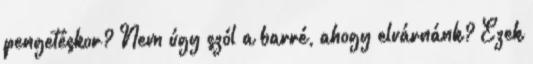
pengetéskor? Nem úgy szól a barré, ahogy elvárnánk? Ezek